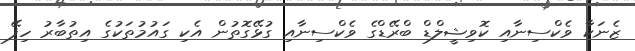
ޒެނަކާ ވެކްސިނާއި ކޮވިޝީލްޑް ބްރޭޑްގެ ވެކްސިނާއި ގުޅޭގޮތުން އެކި ގައުމުތަކުގެ އިތުބާރު ހިފޭ